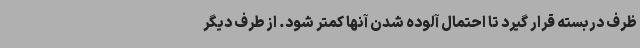
ظرف دربسته قرار گیرد تا احتمال آلوده شدن آنها کمتر شود. از طرف دیگر